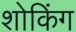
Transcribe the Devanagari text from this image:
शोकिंग